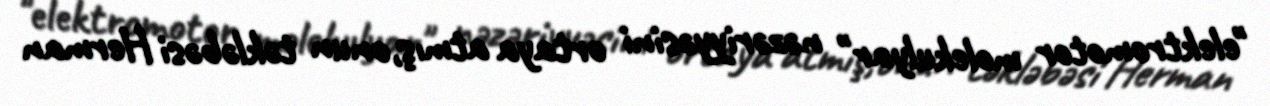
"elektromotor molekulyar" nəzəriyyəsini ortaya atmış,onun təkləbəsi Herman